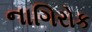
નાગિરોક